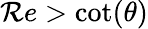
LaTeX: {\mathcal Re}>\cot(\theta)